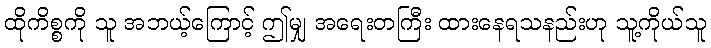
ထိုကိစ္စကို သူ အဘယ့်ကြောင့် ဤမျှ အရေးတကြီး ထားနေရသနည်းဟု သူ့ကိုယ်သူ